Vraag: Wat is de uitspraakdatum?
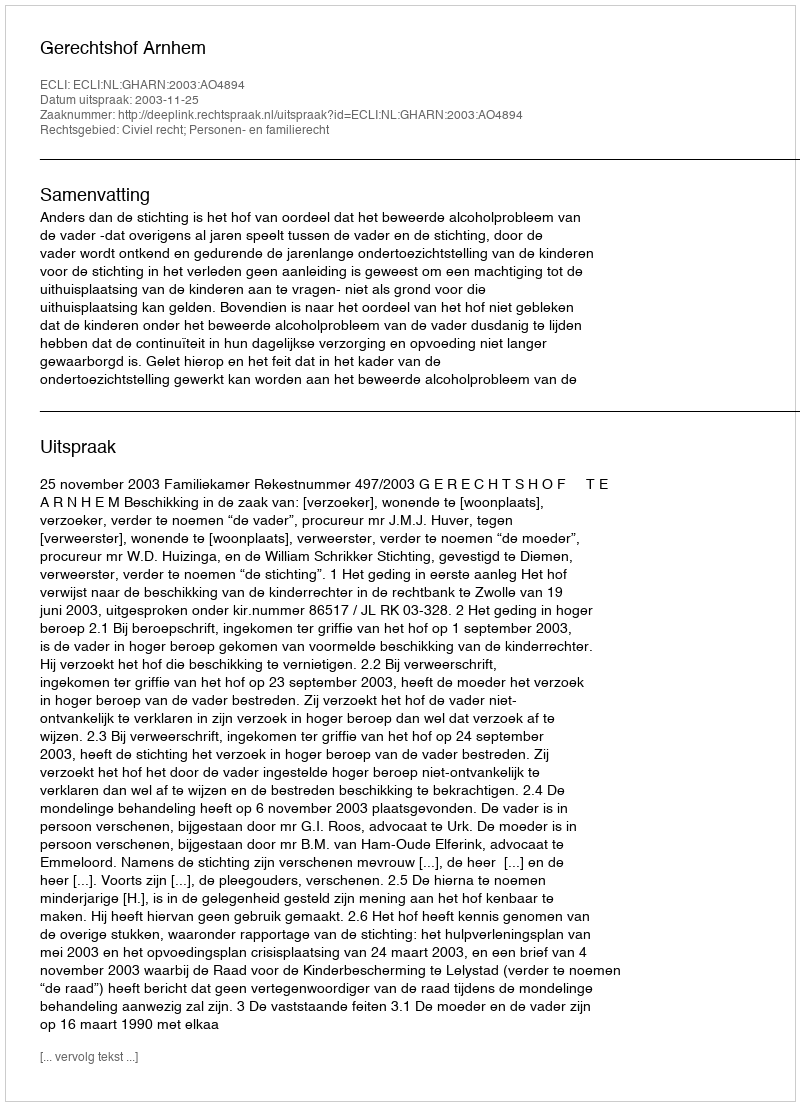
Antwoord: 2003-11-25